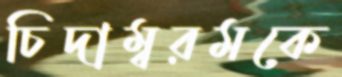
চিদাম্বরমকে